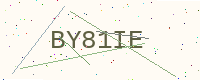
Text: BY81IE